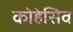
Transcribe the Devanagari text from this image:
कोहेसिव